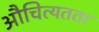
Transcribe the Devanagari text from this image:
औचित्यतता